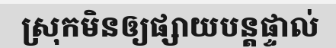
ស្រុកមិនឲ្យផ្សាយបន្តផ្ទាល់